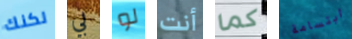
لكنك بي لو أنت كما ابتسامة